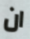
ان